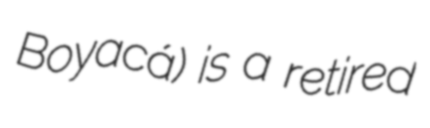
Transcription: Boyacá) is a retired